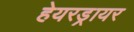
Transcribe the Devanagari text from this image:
हेयरड्रायर